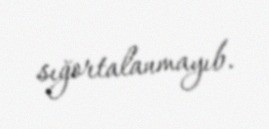
sığortalanmayıb.